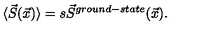
\langle \vec { S } ( \vec { x } ) \rangle = s \vec { S } ^ { g r o u n d - s t a t e } ( \vec { x } ) .